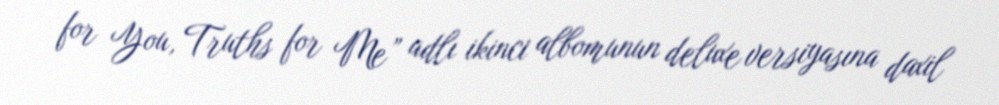
for You, Truths for Me” adlı ikinci albomunun deluxe versiyasına daxil